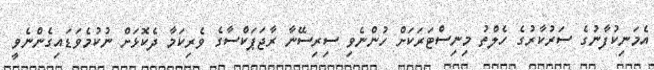
އެމަނިކުފާނުގެ ސަރުކާރުގެ ހެލްތު މިނިސްޓަރަކަށް ހުންނެވި ސިރިސޭނާ ރާޖަޕަކްސާގެ ވެރިކަމާ ދެކޮޅަށް ނުކުމެވަޑައިގެންނެވީ